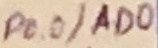
Text: P0.0/AD0